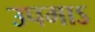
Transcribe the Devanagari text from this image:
उपमाऽ